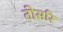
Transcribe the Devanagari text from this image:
तीसरि